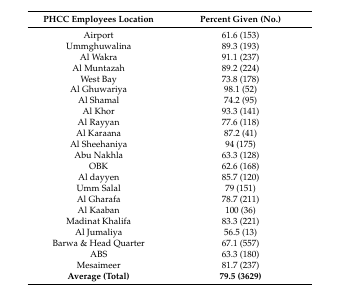
| PHCC Employees Location | Percent Given (No.) |
 | --- | --- |
 | Airport | 61.6 (153) |
 | Ummghuwalina | 89.3 (193) |
 | Al Wakra | 91.1 (237) |
 | Al Muntazah | 89.2 (224) |
 | West Bay | 73.8 (178) |
 | Al Ghuwariya | 98.1 (52) |
 | Al Shamal | 74.2 (95) |
 | Al Khor | 93.3 (141) |
 | Al Rayyan | 77.6 (118) |
 | Al Karaana | 87.2 (41) |
 | Al Sheehaniya | 94 (175) |
 | Abu Nakhla | 63.3 (128) |
 | OBK | 62.6 (168) |
 | Al dayyen | 85.7 (120) |
 | Umm Salal | 79 (151) |
 | Al Gharafa | 78.7 (211) |
 | Al Kaaban | 100 (36) |
 | Madinat Khalifa | 83.3 (221) |
 | Al Jumaliya | 56.5 (13) |
 | Barwa & Head Quarter | 67.1 (557) |
 | ABS | 63.3 (180) |
 | Mesaimeer | 81.7 (237) |
 | Average (Total) | 79.5 (3629) |